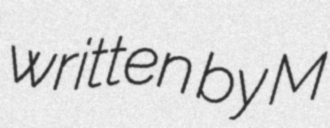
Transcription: written by M